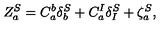
Z _ { a } ^ { S } = C _ { a } ^ { b } \delta _ { b } ^ { S } + C _ { a } ^ { I } \delta _ { I } ^ { S } + \zeta _ { a } ^ { S } ,